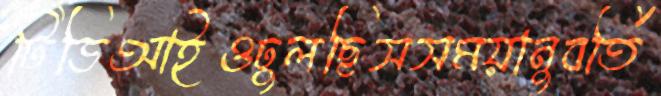
টিডিআইওঢুলছিসসময়ানুবর্তি